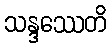
သန္ဒဿေတိ